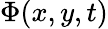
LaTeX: \Phi(x,y,t)